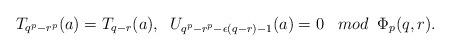
LaTeX: \begin{align*} T_{q^p-r^p}(a)=T_{q-r}(a),\;\; U_{q^p-r^p-\epsilon (q-r)-1}(a)=0 \;\;\; mod \;\; \Phi_p(q,r). \end{align*}